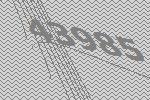
43985